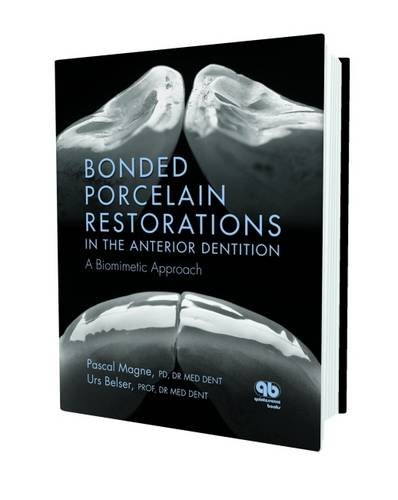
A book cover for Bonded Porcelain Restorations in the Anterior Dentition: A Biomimetic Approach; Pascal Magne; Medical Books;